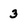
Character: 3